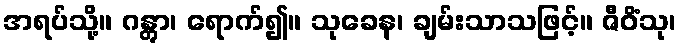
အရပ်သို့။ ဂန္တွာ၊ ရောက်၍။ သုခေန၊ ချမ်းသာသဖြင့်။ ဇီဝိံသု၊